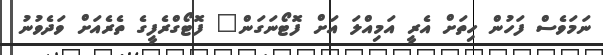
ނަމަވެސް ފަހުން ހިތަށް އެރީ އަމިއްލަ އަށް ފޮޓޯނަގަން" ފޮޓޯގްރެފީގެ ތެރެއަށް ވަދެވުނު